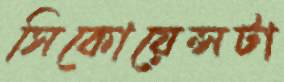
সিকোয়েন্সটা